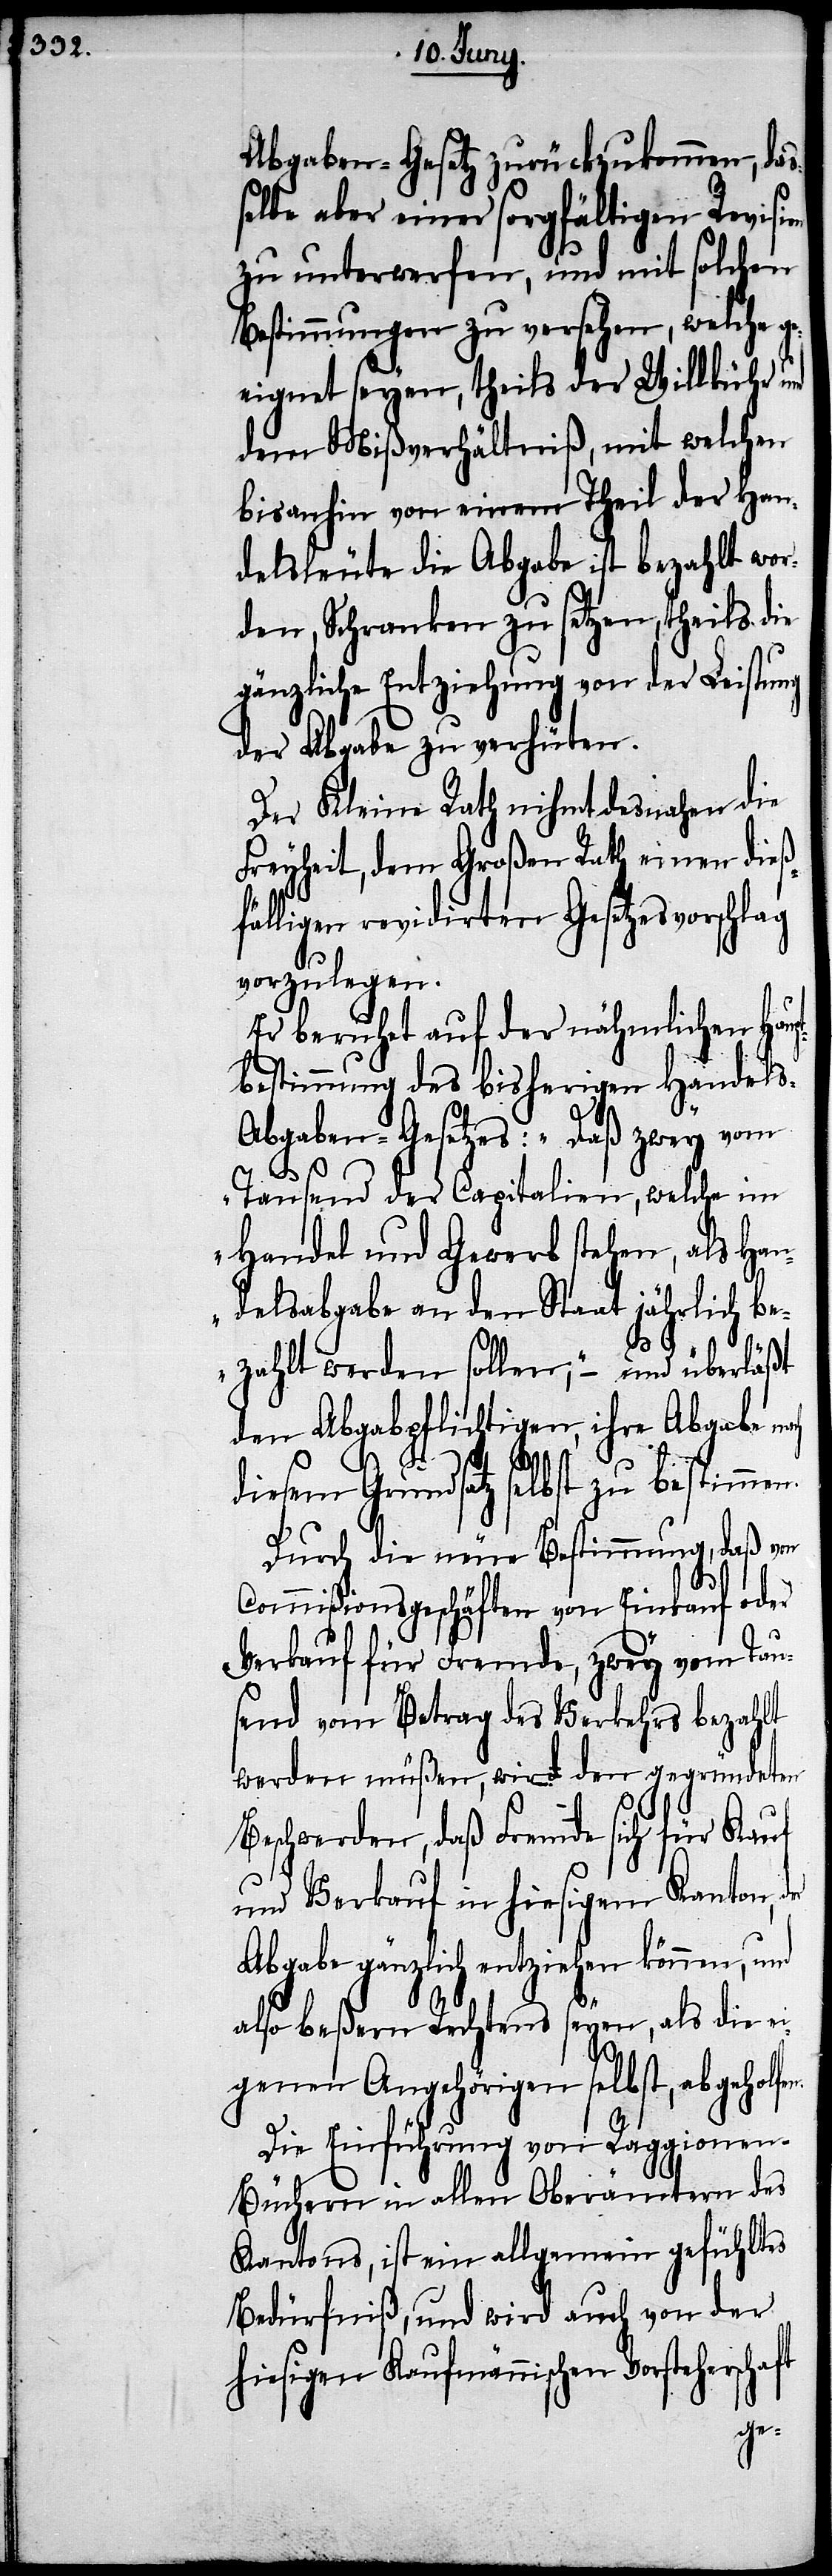
Abgaben-Gesetz zurückzukommen, das¬
selbe aber einer sorgfältigen Revision
zu unterwerfen, und mit solchen
Bestimmungen zu versehen, welche ge¬
eignet seyen, theils der Willkühr und
dem Mißverhältniß, mit welchen
bisanhin von eine Theil der Han¬
delsleute die Abgabe ist bezahlt wor¬
den, Schranken zu setzen, theils die
gänzliche Entziehung von der Leistung
der Abgabe zu verhüten.
Der Kleine Rath nihmt desnahen die
Freyheit, dem Großen Rath einen dieß¬
fälligen revidirten Gesetzesvorschlag
vorzulegen.
Er beruhet auf der nähmlichen Hau¬
bestimmung des bisherigen Handel¬
s-Abgaben-Gesetzes: „Daß zwey vom
Tausend der Capitalien, welche im
Handel und Gewerb stehen, als Han¬
delsabgabe an den Staat jährlich be¬
zahlt werden sollen;“ – und überläßt
den Abgabepflichtigen, ihre Abgabe na¬
rschaft
diesem Grundsatz selbst zu bestimmen.
Durch die neue Bestimmung, daß von
Commißionsgeschäften von Einkauf oder
Verkauf für Fremde, zwey vom Tau¬
send vom Betrag des Verkehrs bezahlt
werden müßen, wird den gegründeten
n.
Beschwerden, daß Fremde sich für Kauf
und Verkauf in hiesigem Kanton,
Abgabe gänzlich entziehen können, und
also beßern Rechtens seyen, als die ei¬
genen Angehörigen selbst, abgeholfe¬
Die Einführung von Raggionen-B¬
üchern in allen Oberämtern des
Kantons, ist ein allgemein gefühltes
Bedürfniß, und wird auch von der
hiesigen Kaufmännischen Vorstehe¬
pt¬